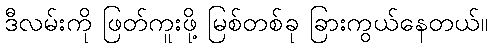
ဒီလမ်းကို ဖြတ်ကူးဖို့ မြစ်တစ်ခု ခြားကွယ်နေတယ်။